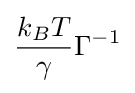
{\frac {k_{B}T}{\gamma }}\Gamma ^{-1}